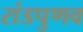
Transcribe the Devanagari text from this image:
रांडपुणव